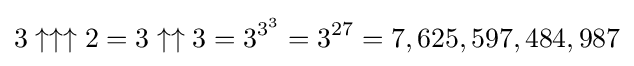
3\uparrow \uparrow \uparrow 2=3\uparrow \uparrow 3=3^{3^{3}}=3^{27}=7,625,597,484,987